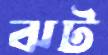
ঝট